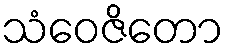
သံဝေဇိတော